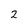
Character: 2